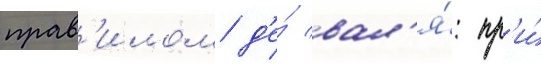
прав'илом д'е́ вал'я́: пр'и́